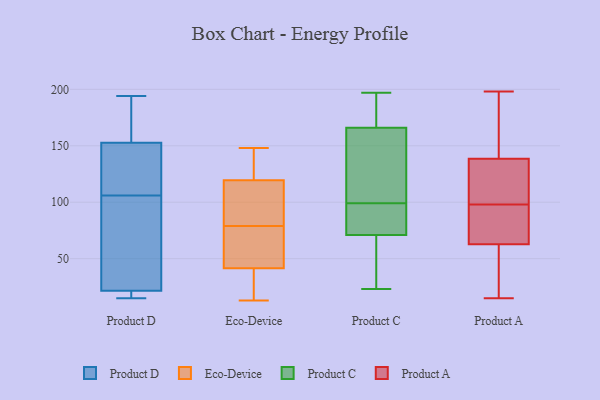
{"axis": {"x": "Bounce Rate (%)", "y": "Value"}, "legend": ["Eco-Device", "Product A", "Product C", "Product D"], "data": [{"x": "", "y": 16, "type": "Product D"}, {"x": "", "y": 15, "type": "Product D"}, {"x": "", "y": 131, "type": "Product D"}, {"x": "", "y": 106, "type": "Product D"}, {"x": "", "y": 58, "type": "Product D"}, {"x": "", "y": 21, "type": "Product D"}, {"x": "", "y": 186, "type": "Product D"}, {"x": "", "y": 21, "type": "Product D"}, {"x": "", "y": 37, "type": "Product D"}, {"x": "", "y": 127, "type": "Product D"}, {"x": "", "y": 120, "type": "Product D"}, {"x": "", "y": 173, "type": "Product D"}, {"x": "", "y": 160, "type": "Product D"}, {"x": "", "y": 194, "type": "Product D"}, {"x": "", "y": 23, "type": "Product D"}, {"x": "", "y": 124, "type": "Eco-Device"}, {"x": "", "y": 78, "type": "Eco-Device"}, {"x": "", "y": 16, "type": "Eco-Device"}, {"x": "", "y": 13, "type": "Eco-Device"}, {"x": "", "y": 78, "type": "Eco-Device"}, {"x": "", "y": 46, "type": "Eco-Device"}, {"x": "", "y": 79, "type": "Eco-Device"}, {"x": "", "y": 28, "type": "Eco-Device"}, {"x": "", "y": 88, "type": "Eco-Device"}, {"x": "", "y": 135, "type": "Eco-Device"}, {"x": "", "y": 111, "type": "Eco-Device"}, {"x": "", "y": 118, "type": "Eco-Device"}, {"x": "", "y": 148, "type": "Eco-Device"}, {"x": "", "y": 183, "type": "Product C"}, {"x": "", "y": 124, "type": "Product C"}, {"x": "", "y": 153, "type": "Product C"}, {"x": "", "y": 197, "type": "Product C"}, {"x": "", "y": 74, "type": "Product C"}, {"x": "", "y": 23, "type": "Product C"}, {"x": "", "y": 72, "type": "Product C"}, {"x": "", "y": 29, "type": "Product C"}, {"x": "", "y": 166, "type": "Product C"}, {"x": "", "y": 71, "type": "Product C"}, {"x": "", "y": 51, "type": "Product A"}, {"x": "", "y": 45, "type": "Product A"}, {"x": "", "y": 186, "type": "Product A"}, {"x": "", "y": 194, "type": "Product A"}, {"x": "", "y": 145, "type": "Product A"}, {"x": "", "y": 125, "type": "Product A"}, {"x": "", "y": 98, "type": "Product A"}, {"x": "", "y": 125, "type": "Product A"}, {"x": "", "y": 142, "type": "Product A"}, {"x": "", "y": 128, "type": "Product A"}, {"x": "", "y": 70, "type": "Product A"}, {"x": "", "y": 96, "type": "Product A"}, {"x": "", "y": 198, "type": "Product A"}, {"x": "", "y": 15, "type": "Product A"}, {"x": "", "y": 68, "type": "Product A"}, {"x": "", "y": 60, "type": "Product A"}, {"x": "", "y": 61, "type": "Product A"}, {"x": "", "y": 98, "type": "Product A"}, {"x": "", "y": 111, "type": "Product A"}]}